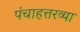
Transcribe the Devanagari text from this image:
पंचाहत्तरव्या